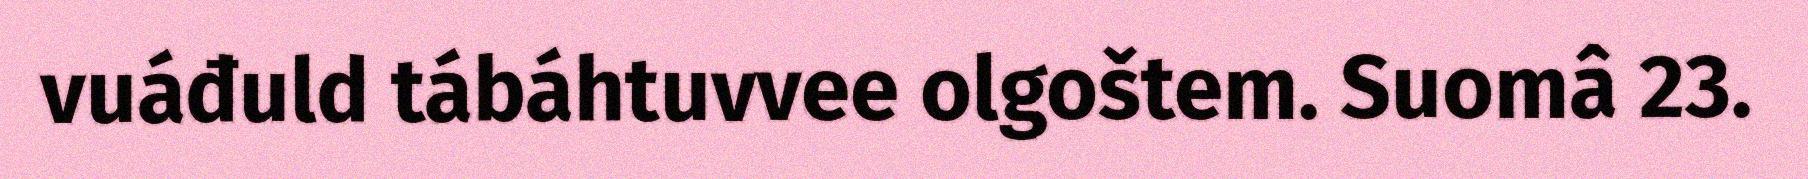
vuáđuld tábáhtuvvee olgoštem. Suomâ 23.